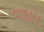
વળાય